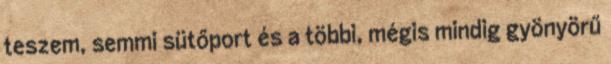
teszem, semmi sütőport és a többi, mégis mindig gyönyörű